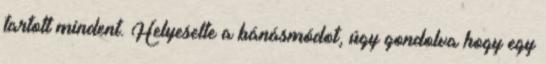
tartott mindent. Helyeselte a bánásmódot, úgy gondolva hogy egy